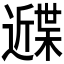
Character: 𰻙